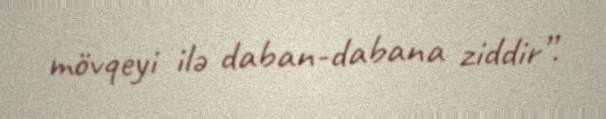
mövqeyi ilə daban-dabana ziddir”.